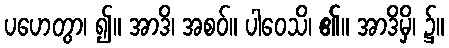
ပဟေတွာ၊ ၍။ အာဒိ၊ အစဝ်။ ပါဝေသိ၊ ၏။ အာဒိမှိ၊ ၌။